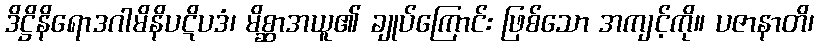
ဒိဋ္ဌိနိရောဒဂါမိနိပဋိပဒံ၊ မိစ္ဆာအယူ၏ ချုပ်ကြောင်း ဖြစ်သော အကျင့်ကို။ ပဇာနာတိ၊